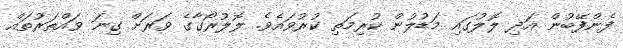
ފެންފޭބުން އަދި ލޮލުގައި މަޑުލުން ކުރިމަތި ކުރުވައެވެ. ލޮލުރޯގާގެ ވަރަށް ގިނަ ވައްތަރުތައް